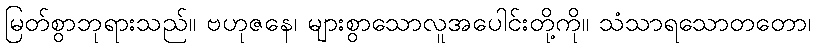
မြတ်စွာဘုရားသည်။ ဗဟုဇနေ၊ များစွာသောလူအပေါင်းတို့ကို။ သံသာရသောတတော၊